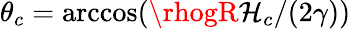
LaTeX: \theta_{c}=\operatorname{arccos}(\rhogR\mathcal{H}_{c}/(2\gamma))